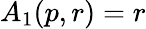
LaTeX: A_{1}(p,r)=r